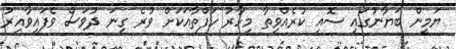
ޔަމީން ބަޔާނުގައި ސޮއި ކުރެއްވިތާ މިހާރު ހަފްތާއަކަށް ވުރެ ގިނަ ދުވަސް ވެފައިވާއިރު